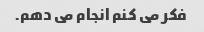
فکر می کنم انجام می دهم.